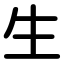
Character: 生